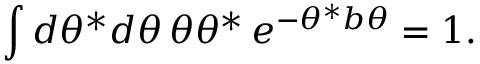
\int d \theta ^ { * } d \theta \, \theta \theta ^ { * } \, e ^ { - \theta ^ { * } b \theta } = 1 .